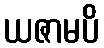
ယဇာမပိ